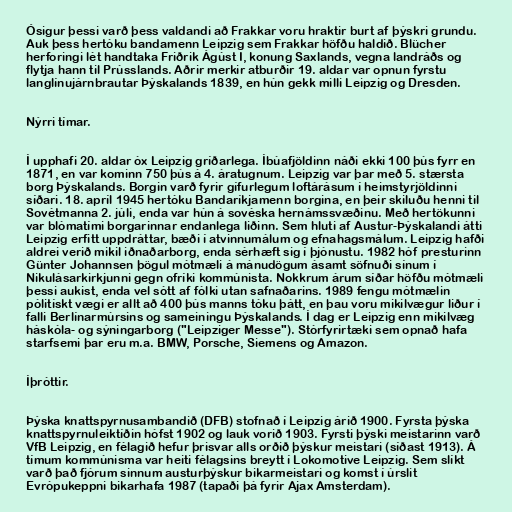
Ósigur þessi varð þess valdandi að Frakkar voru hraktir burt af þýskri grundu.
Auk þess hertóku bandamenn Leipzig sem Frakkar höfðu haldið. Blücher
herforingi lét handtaka Friðrik Ágúst I, konung Saxlands, vegna landráðs og
flytja hann til Prússlands. Aðrir merkir atburðir 19. aldar var opnun fyrstu
langlínujárnbrautar Þýskalands 1839, en hún gekk milli Leipzig og Dresden.

Nýrri tímar.

Í upphafi 20. aldar óx Leipzig gríðarlega. Íbúafjöldinn náði ekki 100 þús fyrr en
1871, en var kominn 750 þús á 4. áratugnum. Leipzig var þar með 5. stærsta
borg Þýskalands. Borgin varð fyrir gífurlegum loftárásum í heimstyrjöldinni
síðari. 18. apríl 1945 hertóku Bandaríkjamenn borgina, en þeir skiluðu henni til
Sovétmanna 2. júli, enda var hún á sovéska hernámssvæðinu. Með hertökunni
var blómatími borgarinnar endanlega liðinn. Sem hluti af Austur-Þýskalandi átti
Leipzig erfitt uppdráttar, bæði í atvinnumálum og efnahagsmálum. Leipzig hafði
aldrei verið mikil iðnaðarborg, enda sérhæft sig í þjónustu. 1982 hóf presturinn
Günter Johannsen þögul mótmæli á mánudögum ásamt söfnuði sínum í
Nikulásarkirkjunni gegn ofríki kommúnista. Nokkrum árum síðar höfðu mótmæli
þessi aukist, enda vel sótt af fólki utan safnaðarins. 1989 fengu mótmælin
pólitískt vægi er allt að 400 þús manns tóku þátt, en þau voru mikilvægur liður í
falli Berlínarmúrsins og sameiningu Þýskalands. Í dag er Leipzig enn mikilvæg
háskóla- og sýningarborg ("Leipziger Messe"). Stórfyrirtæki sem opnað hafa
starfsemi þar eru m.a. BMW, Porsche, Siemens og Amazon.

Íþróttir.

Þýska knattspyrnusambandið (DFB) stofnað í Leipzig árið 1900. Fyrsta þýska
knattspyrnuleiktíðin hófst 1902 og lauk vorið 1903. Fyrsti þýski meistarinn varð
VfB Leipzig, en félagið hefur þrisvar alls orðið þýskur meistari (síðast 1913). Á
tímum kommúnisma var heiti félagsins breytt í Lokomotive Leipzig. Sem slíkt
varð það fjórum sinnum austurþýskur bikarmeistari og komst í úrslit
Evrópukeppni bikarhafa 1987 (tapaði þá fyrir Ajax Amsterdam).